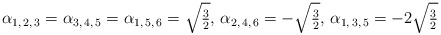
\begin{align*}\alpha_{1,\,2,\,3}=\alpha_{3,\,4,\,5}=\alpha_{1,\,5,\,6}=\sqrt{\tfrac{3}{2}},\,\alpha_{2,\,4,\,6}=-\sqrt{\tfrac{3}{2}},\,\alpha_{1,\,3,\,5}=-2\sqrt{\tfrac{3}{2}}\end{align*}